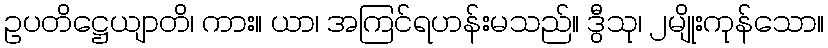
ဥပတိဋ္ဌေယျာတိ၊ ကား။ ယာ၊ အကြင်ရဟန်းမသည်။ ဒွီသု၊ ၂မျိုးကုန်သော။